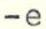
-e